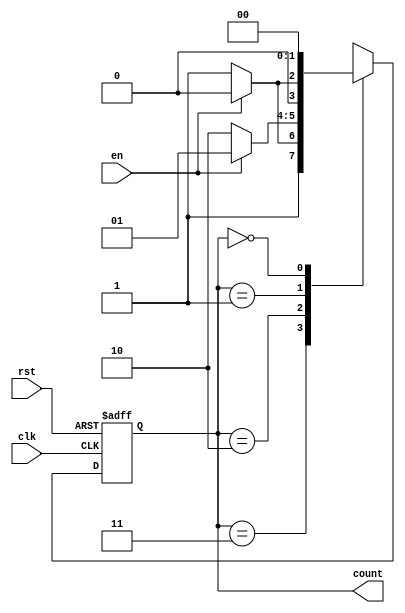
module down_counter (
    input wire clk,      // Clock signal
    input wire rst,      // Asynchronous reset
    input wire en,       // Enable signal
    output reg [1:0] count // 2-bit output representing the current count value
);

// State encoding
localparam STATE_3 = 2'b11; // State 3
localparam STATE_2 = 2'b10; // State 2
localparam STATE_1 = 2'b01; // State 1
localparam STATE_0 = 2'b00; // State 0

// Current state and next state registers
reg [1:0] current_state, next_state;

// State transition logic
always @(posedge clk or posedge rst) begin
    if (rst) begin
        current_state <= STATE_3; // Reset to initial state (State 3)
    end else begin
        current_state <= next_state; // Transition to next state
    end
end

// Next state logic
always @(*) begin
    case (current_state)
        STATE_3: begin
            if (en) next_state = STATE_2; // Transition to State 2
            else next_state = STATE_3;     // Stay in State 3
        end
        STATE_2: begin
            if (en) next_state = STATE_1; // Transition to State 1
            else next_state = STATE_2;     // Stay in State 2
        end
        STATE_1: begin
            if (en) next_state = STATE_0; // Transition to State 0
            else next_state = STATE_1;     // Stay in State 1
        end
        STATE_0: begin
            next_state = STATE_0;          // Stay in State 0
        end
        default: next_state = STATE_3;  // Default to State 3 for safety
    endcase
end

// Output logic
always @(*) begin
    count = current_state; // Output is equal to the current state
end

endmodule